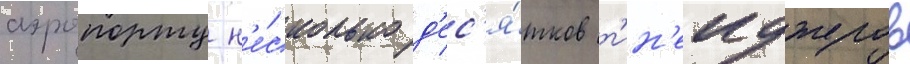
аэропорту н'е́сколько д'ес'я́тков т'ин'еиджеров